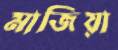
মাজিয়া